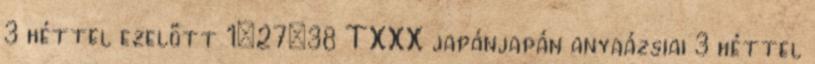
3 héttel ezelőtt 1:27:38 TXXX japánjapán anyaázsiai 3 héttel